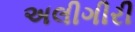
અલીગીરી